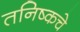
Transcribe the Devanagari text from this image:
तनिष्कचे